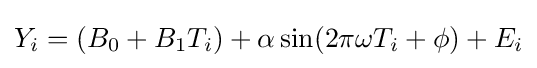
Y_{i}=(B_{0}+B_{1}T_{i})+\alpha \sin(2\pi \omega T_{i}+\phi )+E_{i}